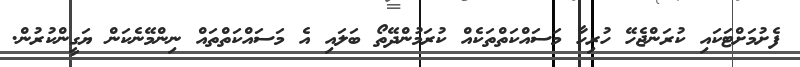
ފެށުމަށްޓަކައި ކުރަންޖެހޭ ހުރިހާ މަސައްކަތްތަކެއް ކުރަމުންދޭތޯ ބަލައި އެ މަސައްކަތްތައް ނިންމޭނެކަން ޔަގީންކުރުން.